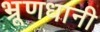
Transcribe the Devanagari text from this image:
भ्रूणधानी